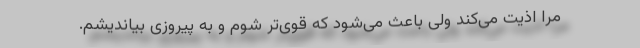
مرا اذیت می‌کند ولی باعث می‌شود که قوی‌تر شوم و به پیروزی بیاندیشم.